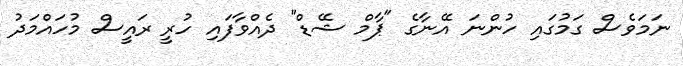
ނަމަވެސް ގަމުގައި ހުންނަ އޭނާގެ "ޕާމް ޝޭޑް" ދެއްވާފައި ހުރީ ރައީސް މުހައްމަދު